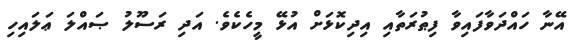
އޭނާ ހައްދަވާފައިވާ ފިޠުރަތާއި އިދިކޮޅަށް އުޅޭ މީހެކެވެ. އަދި ރަސޫލު ޞައްލަ ޢަލައިހި